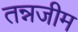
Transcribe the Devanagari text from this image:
तन्नजीम